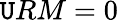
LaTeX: \mathtt{U}RM=0